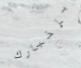
بإخبارك